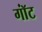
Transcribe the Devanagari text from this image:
गॉंट